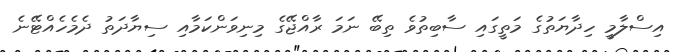
އިސްލާމީ ހިދާޔަތުގެ މަތީގައި ސާބިތުވެ ތިބޭ ނަމަ ރާއްޖޭގެ މިނިވަންކަމާއި ސިޔާދަތު ދެމެހެއްޓޭނެ